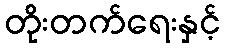
တိုးတက်ရေးနှင့်